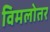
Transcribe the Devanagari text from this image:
विमलोतर